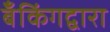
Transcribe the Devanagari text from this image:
बँकिंगद्वारा